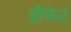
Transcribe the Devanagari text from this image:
प्रौफेट